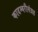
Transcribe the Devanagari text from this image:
कादम्बरीसंग्रह